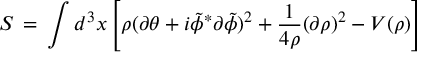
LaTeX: S \, = \, \int d ^ { 3 } x \left[ \rho ( \partial \theta + i { \tilde { \phi } } ^ { * } \partial { \tilde { \phi } } ) ^ { 2 } + \frac { 1 } { 4 \rho } ( \partial \rho ) ^ { 2 } - V ( \rho ) \right]